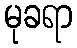
မုခရာ